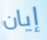
إيان